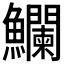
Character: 𩽥